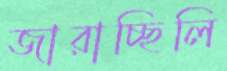
জারাচ্ছিলি